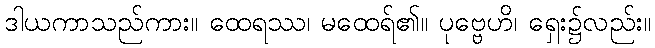
ဒါယကာသည်ကား။ ထေရဿ၊ မထေရ်၏။ ပုဗ္ဗေဟိ၊ ရှေး၌လည်း။